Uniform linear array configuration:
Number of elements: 8
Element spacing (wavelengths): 0.5
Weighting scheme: hann
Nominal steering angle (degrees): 15
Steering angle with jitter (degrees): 15.584
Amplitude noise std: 0.05
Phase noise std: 0.05

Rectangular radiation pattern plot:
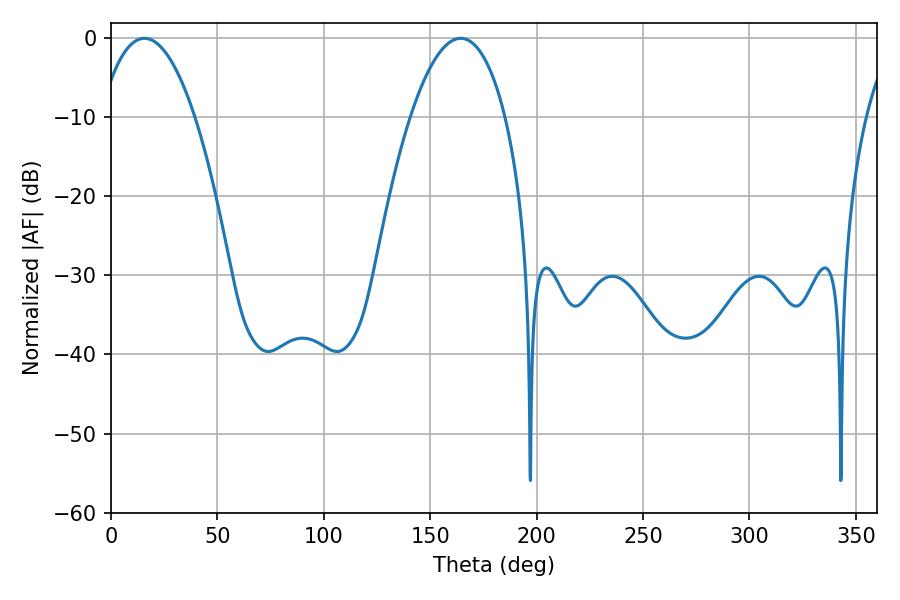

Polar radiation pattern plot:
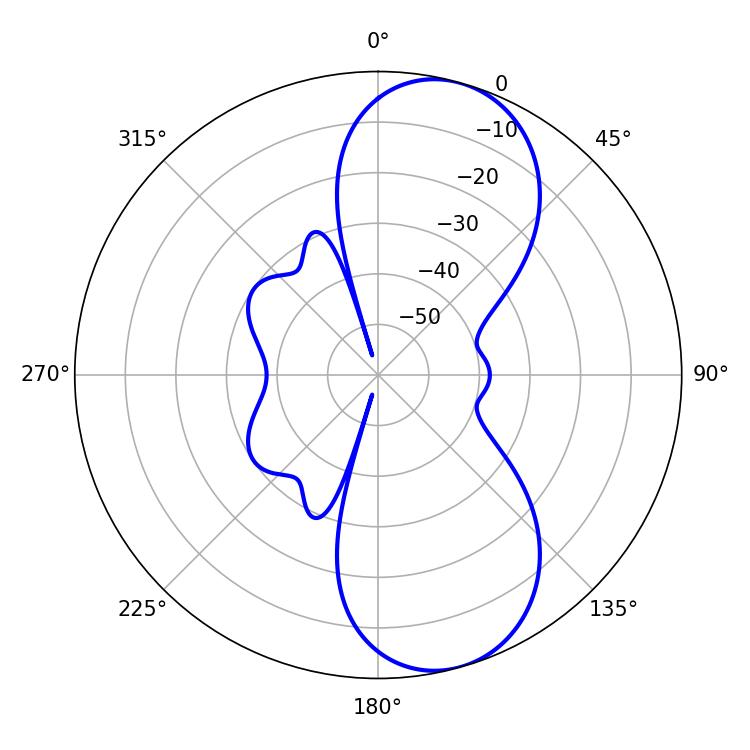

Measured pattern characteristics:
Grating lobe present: FALSE
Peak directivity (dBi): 8.902
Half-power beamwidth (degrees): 24.66
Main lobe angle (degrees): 15.66